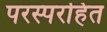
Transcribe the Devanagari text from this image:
परस्परहित